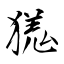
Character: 獇